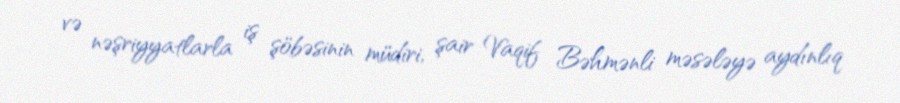
və nəşriyyatlarla iş şöbəsinin müdiri, şair Vaqif Bəhmənli məsələyə aydınlıq